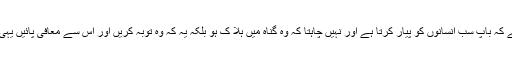
وہ جانتا ہے کہ باپ سب انسانوں کو پیار کرتا ہے اور نہیں چاہتا کہ وہ گناہ میں ہلا ک ہو بلکہ یہ کہ وہ توبہ کریں اور اس سے معافی پائیں یہی مقصد تھا۔